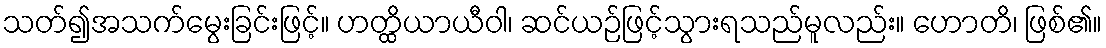
သတ်၍အသက်မွေးခြင်းဖြင့်။ ဟတ္ထိယာယီဝါ၊ ဆင်ယဉ်ဖြင့်သွားရသည်မူလည်း။ ဟောတိ၊ ဖြစ်၏။